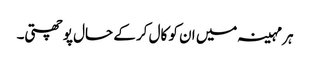
ہر مہینہ میں ان کو کال کر کے حال پوچھتی۔